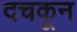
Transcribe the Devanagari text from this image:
दचकून